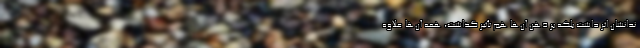
ندانشان اثر داشت بلکه بر ذهنِ آن‌ها هم تأثیر گذاشت، همه آن‌ها علاوه